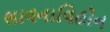
ભાવનાવિહીન